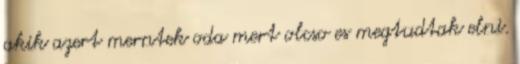
akik azert merntek oda mert olcso es megtudtak elni.